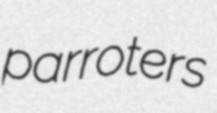
parroters